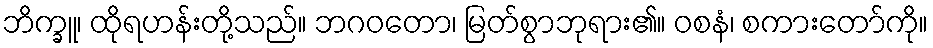
ဘိက္ခူ၊ ထိုရဟန်းတို့သည်။ ဘဂဝတော၊ မြတ်စွာဘုရား၏။ ဝစနံ၊ စကားတော်ကို။